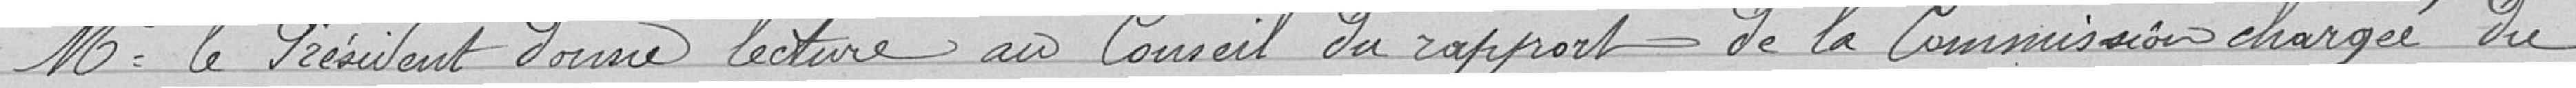
Monsieur le Président donne lecture au Conseil du rapport de la commission chargée du